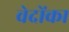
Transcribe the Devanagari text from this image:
वेदोंका